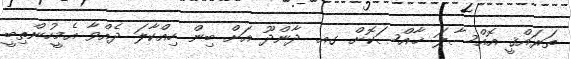
ތަރައްޤީ އޮއްސާލަ ޚާއްޞަކޮށް ގއ. ދާންދޫ އަށް ބިން ހިއްކާލަ ދެއްވާ އެމީހުންތިބީ